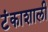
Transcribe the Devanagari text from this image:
टंकाशाली